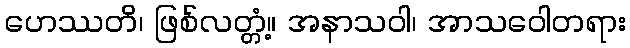
ဟေဿတိ၊ ဖြစ်လတ္တံ့။ အနာသဝါ၊ အာသဝေါတရား